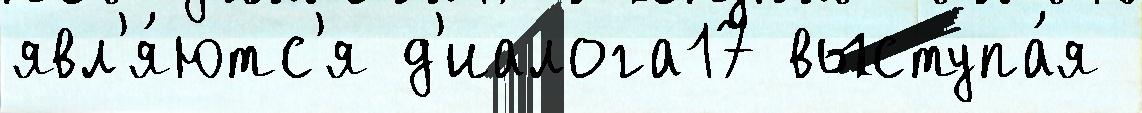
явл'я́ютс'я д'иалога17 выступа́я